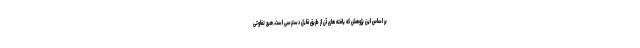
بر اساس این پژوهش که یافته های آن از طریق قابل دسترسی است، هیچ تفاوتی